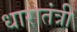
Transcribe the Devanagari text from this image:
धारातंत्री